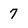
Character: 7